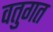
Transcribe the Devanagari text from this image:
वतुगत